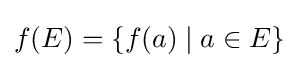
f(E)=\{f(a)\mid a\in E\}